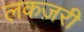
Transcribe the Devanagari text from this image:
लकज़री